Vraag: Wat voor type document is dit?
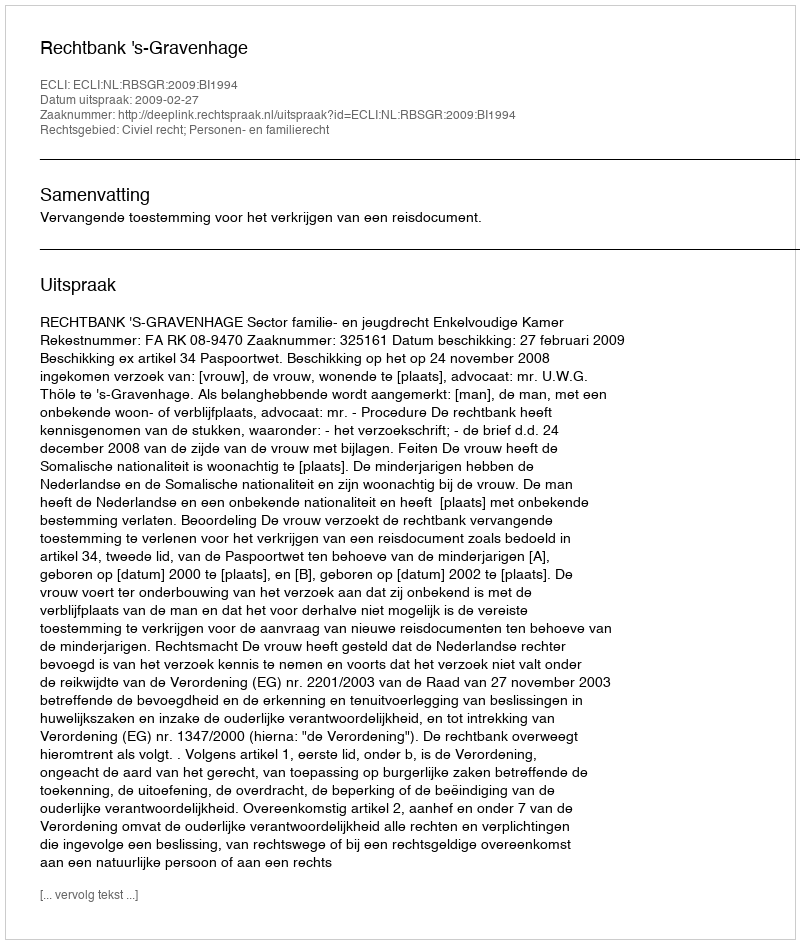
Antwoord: Uitspraak